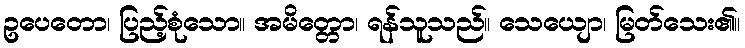
ဥပေတော၊ ပြည့်စုံသော။ အမိတ္တော၊ ရန်သူသည်။ သေယျော၊ မြတ်သေး၏။